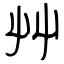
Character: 艸